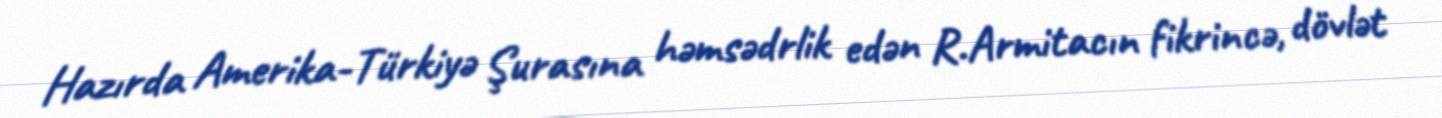
Hazırda Amerika-Türkiyə Şurasına həmsədrlik edən R.Armitacın fikrincə, dövlət